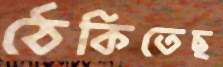
ঠেকিতেছ